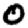
Digit: 0